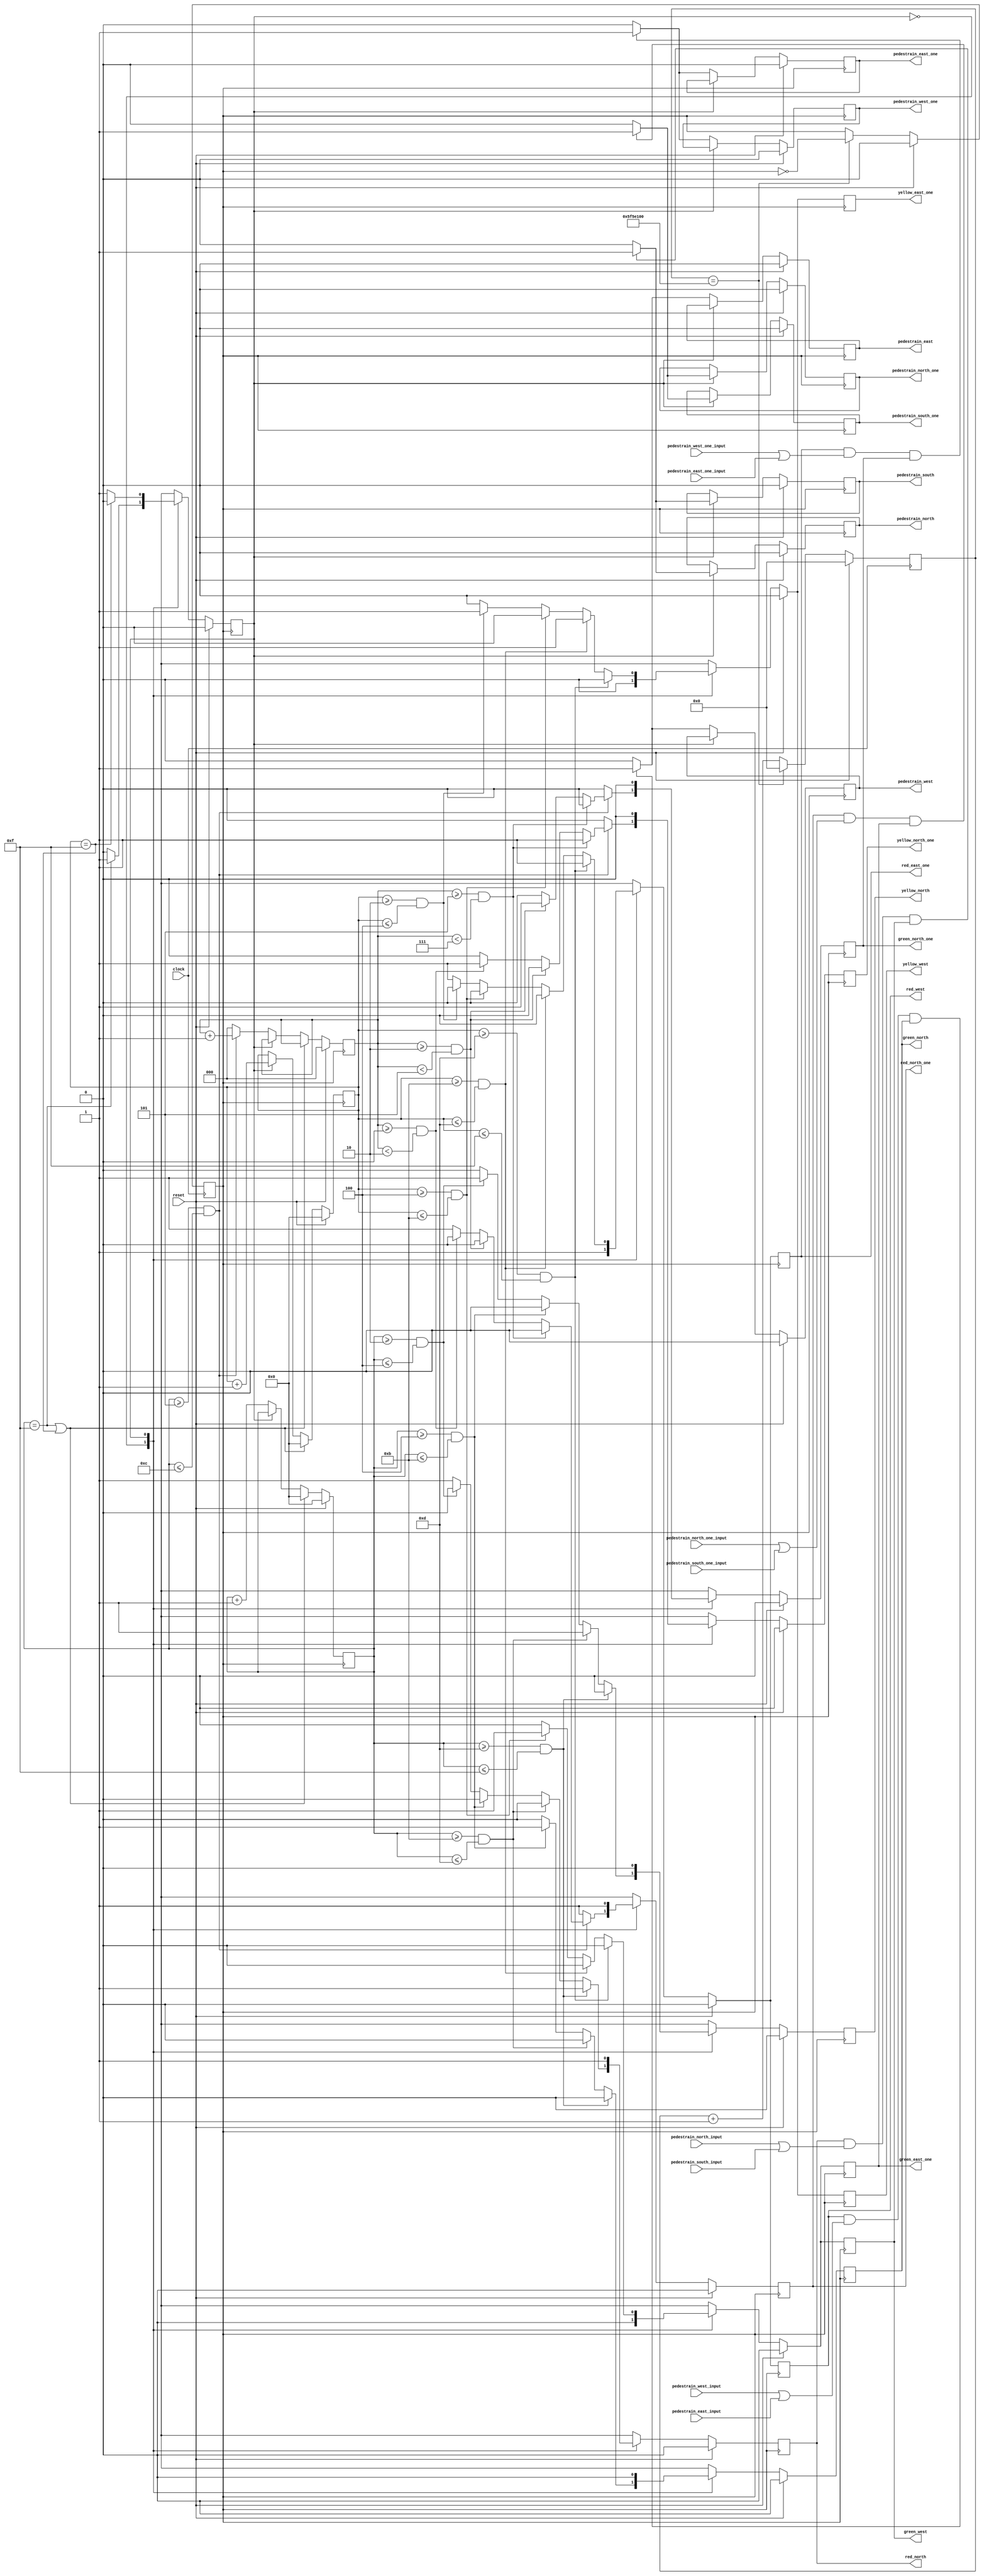

module traffic_contoller(input clock,reset,pedestrain_north_input, pedestrain_south_input,pedestrain_east_input,pedestrain_west_input, 
				  	   pedestrain_north_one_input, pedestrain_south_one_input,pedestrain_east_one_input,pedestrain_west_one_input,
			 output reg red_north,yellow_north,green_north,
				    red_west,yellow_west,green_west,
			            
				    red_north_one,yellow_north_one,green_north_one,
	    			    red_east_one,yellow_east_one,green_east_one,				 		
			 output reg pedestrain_north,pedestrain_south,pedestrain_east,pedestrain_west,
		 		    pedestrain_north_one,pedestrain_south_one,pedestrain_east_one,pedestrain_west_one);

parameter state_north=1'b0,
	  state_west=1'b1;

reg ns,ps; //next_state and present_state
reg [3:0] count_north,count_west;
reg [2:0] count_north_one;/*count_east_one,count_west_one*/
reg temp;
reg [35:0] count;
reg clock_1hz;

always@(posedge clock)
begin
	if(reset)
	begin
		count<=0;clock_1hz<=0;
	end
	else
	begin
		if(count==(10**8))begin
			count<=0;
			clock_1hz<=!clock_1hz;
				end
		else
			count<=count+1;
	end
end
/////////////////////////////////////////////////////////////////counter_logic///////////////////////////////////////////
always@(posedge clock_1hz)
begin
	if(reset)
		begin
		count_north<=0;count_west<=0;
		count_north_one<=0;
		end
	
	else if (count_north==15||count_west==15)
		begin
		count_north<=0;count_west<=0;
		end
/*	else if(count_north_one==7)
		begin
		count_north_one<=0;count_east_one<=0;count_west_one<=0;
		end*/
	else
		begin
		case (ps)
		state_north:	begin
					count_north<=count_north+1'b1;
					if(count_north>=5 && count_north<=12)
					                   count_north_one<=count_north_one+1'b1;
					else		   
							   count_north_one<=0;
								
					
				end
		state_west:	begin
					count_west<=count_west+1'b1;
				/*	if(count_west>=5) count_west_one<=count_west_one+1'b1;
					else		  count_west_one<=0;*/

				end
		
		endcase
		end
end


/////////////////////////////////////////////////////////present_state/////////////////////////////////////////
always@(posedge clock_1hz) 
begin
	if(reset)
		ps<=state_north;	
	else
	begin
		ps<=ns;
	end
end



//////////////////////////////////////////////////////////////next_state///////////////////////////////////////
always@(*)   
begin
	case(ps)
	state_north:if(count_north==15) ns=state_west;
		    else ns=state_north;
	state_west: if(count_west==15) ns=state_north;
		    else ns=state_west;
	default: ns=state_north;
	endcase
end



/////////////////////////////////////////////////////////////////output_logic///////////////////////////////////////
always@(posedge clock_1hz)
begin
	if(reset)
		begin
				red_north<=0;yellow_north<=0;green_north<=0;
				red_west<=0;yellow_west<=0;green_west<=0;
				
				red_north_one<=0;yellow_north_one<=0;green_north_one<=0;
				red_east_one<=0;yellow_east_one<=0;green_east_one<=0;

				pedestrain_north<=0;pedestrain_south<=0;pedestrain_east<=0;pedestrain_west<=0;
				pedestrain_north_one<=0;pedestrain_south_one<=0;pedestrain_east_one<=0;pedestrain_west_one<=0;
		end
	else
	begin	
	case(ps)
		state_north:
		begin
				temp<=1'bz;
		    red_north<=1;red_west<=1;
		    yellow_north<=0;yellow_west<=0;
		    green_north<=0;green_west<=0;

		    red_north_one<=1;yellow_north_one<=0;green_north_one<=0;
		    red_east_one<=1;yellow_east_one<=0;green_east_one<=0;
		   

		  		 if(count_north>=0&&count_north<=2) 
				 	begin 
			   		red_north<=1;yellow_north<=0;green_north<=0;
					red_north_one<=1;yellow_north_one<=0;green_north_one<=0;
					end
				 else
					temp<=1'bz;
				 if(count_north>=2&&count_north<=4)
					begin
					red_north<=0;yellow_north<=1;green_north<=0;
					end
				 else
					temp<=1'bz;
				if(count_north>=4 && count_north<=11)
					begin
					green_north<=1;yellow_north<=0;red_north<=0;
					end
					else
						temp<=1'bz;
				if(count_north>=11 && count_north<=13)
					begin
					green_north<=0;yellow_north<=1;red_north<=0;
					end
				else
					temp<=1'bz;
				if(count_north>=13 && count_north<=15)
					begin
					yellow_north<=0;red_north<=1;green_north<=0;
					red_north_one<=1;
					end
				else
					temp<=1'bz;
				
				if(red_west && (pedestrain_west_input||pedestrain_east_input) && green_north ) //pedestrain crossing 
					begin
					pedestrain_west<=1;
					pedestrain_east<=1;
				        end
				else
					begin
					pedestrain_west<=0;
					pedestrain_east<=0;
					end
				
			

				if(red_east_one && (pedestrain_west_one_input||pedestrain_east_one_input) && green_north_one ) //pedestrain crossing 
					begin
					pedestrain_west_one<=1;
					pedestrain_east_one<=1;
				        end
				else
					begin
					pedestrain_west_one<=0;
					pedestrain_east_one<=0;
					end
				


				if(count_north>=5 && count_north<=12)
				begin
					if(count_north_one>=0 && count_north_one<2)
						begin
						red_north_one<=0;yellow_north_one<=1;green_north_one<=0;
						end
					else
					        temp<=1'bz;					
					
					if(count_north_one>=2 && count_north_one<5)
						begin
						red_north_one<=0;yellow_north_one<=0;green_north_one<=1;
						end
					else
						temp<=1'bz;
					
					if(count_north_one>=5 && count_north_one<7)
						begin
						red_north_one<=0;yellow_north_one<=1;green_north_one<=0;
						end
					else
						temp<=1'bz;
				end
				else
					temp<=1'bz;
				


		end
		
		state_west:
		begin
		 red_north<=1;red_west<=1;
		 yellow_north<=0;yellow_west<=0;
		 green_north<=0;green_west<=0;

		 red_north_one<=1;yellow_north_one<=0;green_north_one<=0;
		 red_east_one<=1;yellow_east_one<=0;green_east_one<=0;

		  		 if(count_west>=0&&count_west<=2) 
				 	begin 
			   		red_west<=1;yellow_west<=0;green_west<=0;
					red_east_one<=1;yellow_east_one<=0;green_east_one<=0;
			   		end
				 else
					temp<=1'bz;
				 if(count_west>=2&&count_west<=4)
					begin
					red_west<=0;yellow_west<=1;green_west<=0;
					red_east_one<=0;yellow_east_one<=1;green_east_one<=0;
					end
				 else
					temp<=1'bz;
				if(count_west>=4 && count_west<=11)
					begin
					green_west<=1;yellow_west<=0;red_west<=0;
					red_east_one<=0;yellow_east_one<=0;green_east_one<=1;
					end
					else
						temp<=1'bz;
				if(count_west>=11 && count_west<=13)
					begin
					green_west<=0;yellow_west<=1;red_west<=0;
					red_east_one<=0;yellow_east_one<=1;green_east_one<=0;
					end
				else
					temp<=1'bz;
				if(count_west>=13 && count_west<=15)
					begin
					yellow_west<=0;red_west<=1;green_west<=0;
					red_east_one<=1;yellow_east_one<=0;green_east_one<=0;
					end
				else
					temp<=1'bz;

				if(red_north && (pedestrain_north_input||pedestrain_south_input) && green_west)	//pedestrain crossing 
					begin
					pedestrain_north<=1;
					pedestrain_south<=1;
					end
				else
					begin
					pedestrain_north<=0;
					pedestrain_south<=0;
					end
				
			if(red_north_one && (pedestrain_north_one_input||pedestrain_south_one_input) && green_east_one)	//pedestrain crossing 
					begin
					pedestrain_north_one<=1;
					pedestrain_south_one<=1;
					end
				else
					begin
					pedestrain_north_one<=0;
					pedestrain_south_one<=0;
					end			


		
         	end

	endcase
	end
end

endmodule